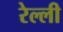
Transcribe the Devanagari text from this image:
रेल्ली